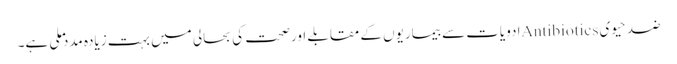
ضد حیوی Antibioticsادویات سے بیماریوں کے مقابلے اورصحت کی بحالی میں بہت زیادہ مدد ملی ہے۔